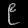
Digit: ၉